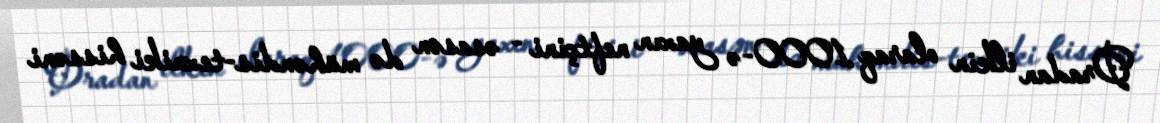
Oradan ilkin olaraq 1000-ə yaxın neftçini - əsasən də mühəndis-texniki hissəni